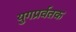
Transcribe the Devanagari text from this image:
युगप्रर्वतक